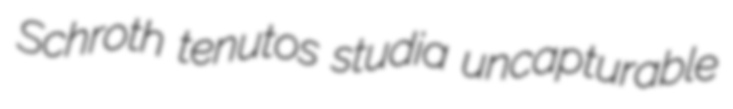
Schroth tenutos studia uncapturable